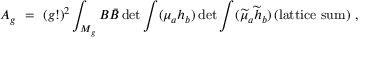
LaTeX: A _ { g } ~ = ~ ( g ! ) ^ { 2 } \int _ { { \cal M } _ { g } } B \bar { B } \operatorname * { d e t } { \int ( { \mu _ { a } } h _ { b } } ) \operatorname * { d e t } { \int ( \widetilde { \mu } _ { a } \widetilde { h } _ { b } ) } \, ( \mathrm { { l a t t i c e ~ s u m } } ) ~ ,